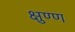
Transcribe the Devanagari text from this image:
क्षुण्ण